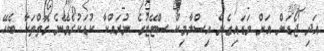
އަދި ޖޯޑަން އަށް ވަޑައިގެން އިސްލާމިކް ސްޓޭޓުގެ ނުރައްކާ ކުޑަކުރެވޭނެ ގޮތްތަކާ ބެހޭ